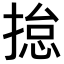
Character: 𢰾